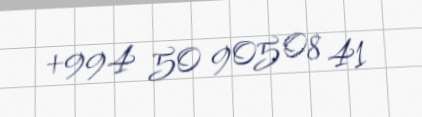
+994 50 905 08 41